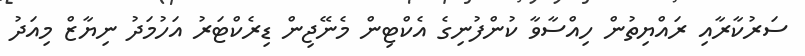
ސަރުކާރާއި ރައްޔިތުން ހިއްސާވާ ކުންފުނިގެ އެކްޓިން މެނޭޖިން ޑިރެކްޓަރު އަހުމަދު ނިޔާޒް މިއަދު